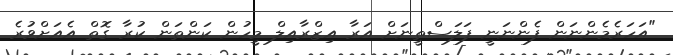
"އަހަރެމެންނަން ފެންނަނީ ފަލަސްތީނަށް އަރާ އިޒްރާއިލް މީހުން ކަންތަން ކުރާ ގޮތް އެއަށްވުރެ